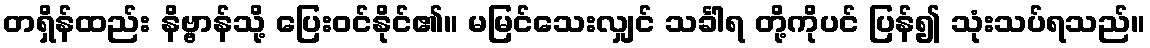
တရှိန်ထည်း နိဗ္ဗာန်သို့ ပြေးဝင်နိုင်၏။ မမြင်သေးလျှင် သင်္ခါရ တို့ကိုပင် ပြန်၍ သုံးသပ်ရသည်။